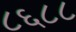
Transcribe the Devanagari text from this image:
८६८८